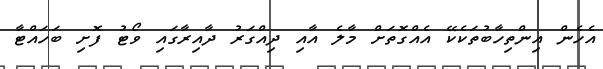
އެހެން އިންތިހާބުތަކެކޭ އެއްގޮތަށް މާލެ އާއި ދިއްގަރު ދާއިރާގައި ވޯޓު ފޮށި ބަހައްޓާ